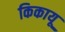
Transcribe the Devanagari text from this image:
किकायू